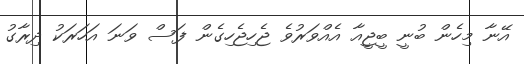
އޭނާ މިހެން ބުނީ ބީޖީއާ އެއްވަރުވެ ޖެހިޖެހިގެން ފަސް ވަނަ އަހަރަކު ދިރާގު